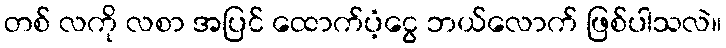
တစ် လကို လစာ အပြင် ထောက်ပံ့ငွေ ဘယ်လောက် ဖြစ်ပါသလဲ။